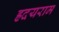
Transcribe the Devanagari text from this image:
ह्रदयराम